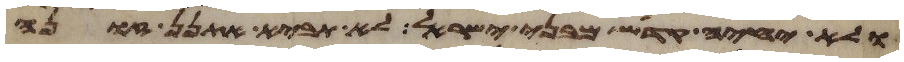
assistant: ולא יחיה קדש מבני ישראל לא תביא אתנן זונה